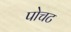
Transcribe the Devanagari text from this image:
पोचट